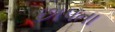
છાપતા